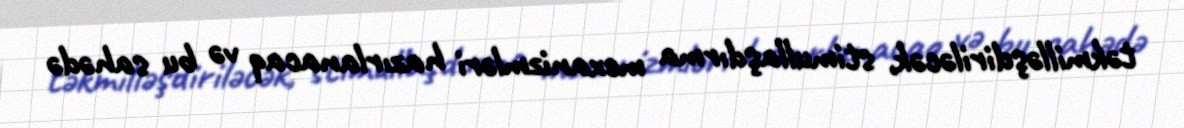
təkmilləşdiriləcək, stimullaşdırma mexanizmləri hazırlanacaq və bu sahədə